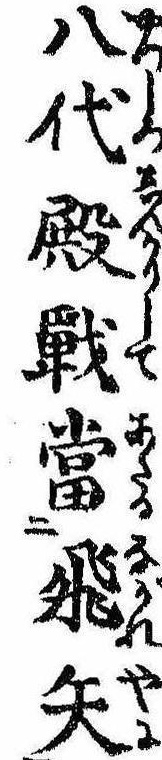
八代殿戦当飛矢